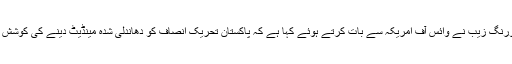
پاکستان مسلم لیگ (ن) کی ترجمان اور سابق وزیرِ مملکت برائے اطلاعات مریم اورنگ زیب نے وائس آف امریکہ سے بات کرتے ہوئے کہا ہے کہ پاکستان تحریکِ انصاف کو دھاندلی شدہ مینڈیٹ دینے کی کوشش کی گئی ہے اور پی ٹی آئی اب ان کے بقول چھانگا مانگا کی سیاست کر رہی ہے۔